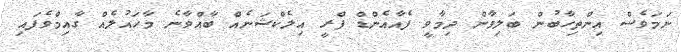
ނަމަވެސް އިންތިހާބުން ބަލިވާން ދިމާވީ ފެއާއެންޑް ފްރީ އިލެކްޝަނެއް ބާއްވާނެ މާހައުލެއް ގާއިމްވެފައި